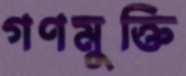
গণমুক্তি